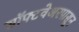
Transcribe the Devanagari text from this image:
सॉफ्टवेअरपासून